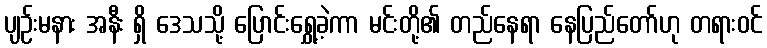
ပျဉ်းမနား အနီး ရှိ ဒေသသို့ ပြောင်းရွှေ့ခဲ့ကာ မင်းတို့၏ တည်နေရာ နေပြည်တော်ဟု တရားဝင်